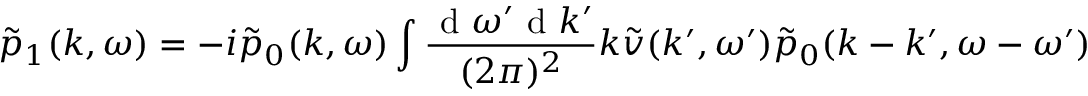
\tilde { p } _ { 1 } ( k , \omega ) = - i \tilde { p } _ { 0 } ( k , \omega ) \int \frac { \mathrm { ~ d ~ } \omega ^ { \prime } \mathrm { ~ d ~ } k ^ { \prime } } { ( 2 \pi ) ^ { 2 } } k \tilde { v } ( k ^ { \prime } , \omega ^ { \prime } ) \tilde { p } _ { 0 } ( k - k ^ { \prime } , \omega - \omega ^ { \prime } )